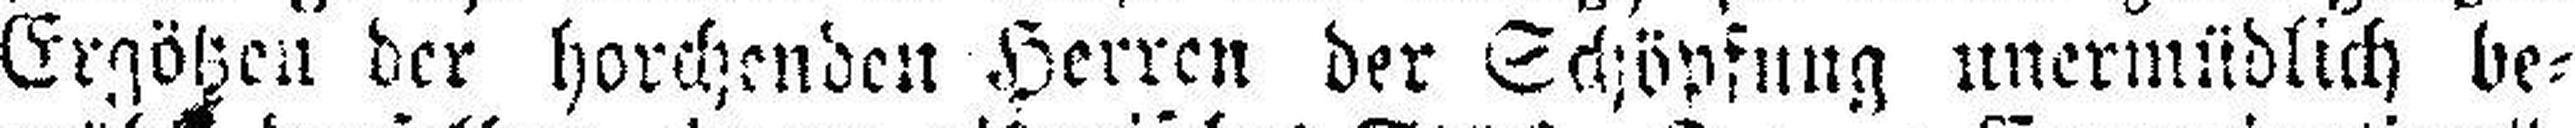
Ergötzen der horchenden Herren der Schöpfung unermüdlich be¬